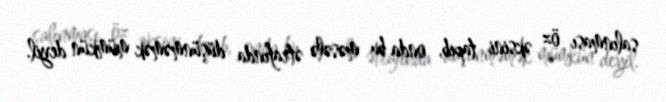
salınması öz əksini tapıb, onda bu məsələ ətrafında düşünməmək mümkün deyil.